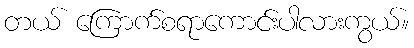
တယ် ကြောက်စရာကောင်းပါလားကွယ်။